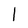
Character: l